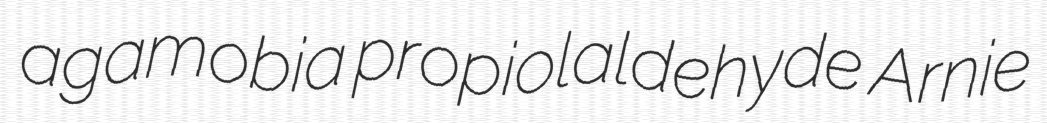
agamobia propiolaldehyde Arnie